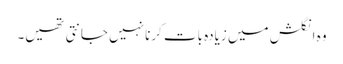
وہ انگلش میں زیادہ بات کرنا نہیں جانتی تھیں۔